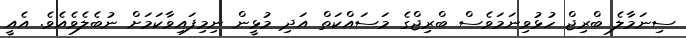
ސިނަމާލެ ބްރިޖް ހުޅުވިނަމަވެސް ބްރިޖްގެ މަސައްކަތް އަދި މުޅީން ނިމިފައިވާކަމަށް ނުބެލެވެއެވެ. އެއީ